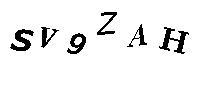
SV9ZAH